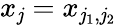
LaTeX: x_{\mathit{j}}=x_{\mathit{j}_{1},\mathit{j}_{2}}